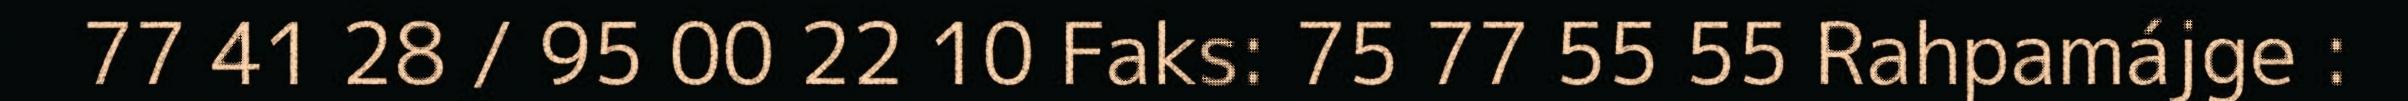
77 41 28 / 95 00 22 10 Faks: 75 77 55 55 Rahpamájge :